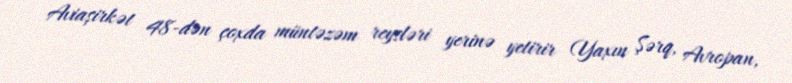
Aviaşirkət 48-dən çoxda müntəzəm reysləri yerinə yetirir (Yaxın Şərq, Avropan,